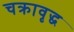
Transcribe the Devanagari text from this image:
चक्रावृद्ध